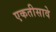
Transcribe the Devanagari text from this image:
एकतीसावे